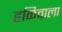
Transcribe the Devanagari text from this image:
हळिवाला